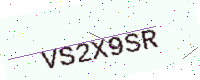
Text: VS2X9SR